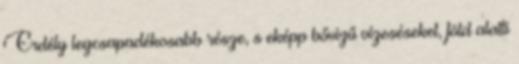
Erdély legcsapadékosabb része, s eképp bővizű vízeséseket, föld alatti